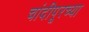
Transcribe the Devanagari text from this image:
चांदीपूरच्या